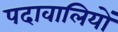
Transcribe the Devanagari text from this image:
पदावालियों